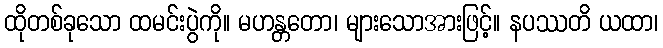
ထိုတစ်ခုသော ထမင်းပွဲကို။ မဟန္တတော၊ များသောအားဖြင့်။ နပဿတိ ယထာ၊